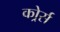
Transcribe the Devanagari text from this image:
कोर्र्स